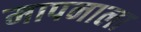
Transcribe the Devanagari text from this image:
मापनाला